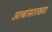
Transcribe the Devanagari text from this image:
आबांसारख्या